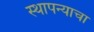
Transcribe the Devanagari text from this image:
स्थापन्याचा